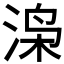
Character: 𬇼